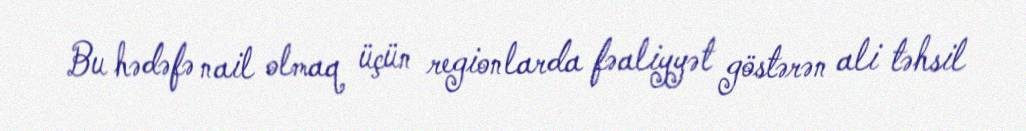
Bu hədəfə nail olmaq üçün regionlarda fəaliyyət göstərən ali təhsil